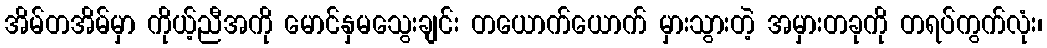
အိမ်တအိမ်မှာ ကိုယ့်ညီအကို မောင်နှမသွေးချင်း တယောက်ယောက် မှားသွားတဲ့ အမှားတခုကို တရပ်ကွက်လုံး၊